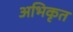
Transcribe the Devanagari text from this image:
अभिकृत